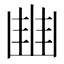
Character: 𠁳